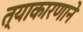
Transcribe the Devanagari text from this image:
त्याकारणाने